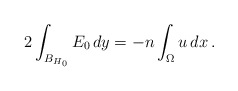
\begin{align*}2\int_{B_{H_0}}E_0\,dy =-n\int_\Omega u\,dx\,.\end{align*}